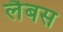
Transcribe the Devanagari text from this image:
लैबस